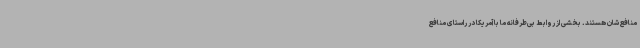
منافع‌شان هستند. بخشی از روابط بی‌طرفانه ما با آمریکا در راستای منافع